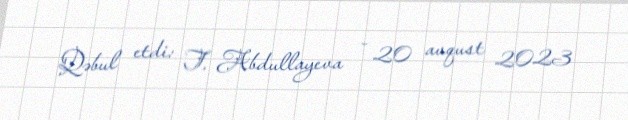
Qəbul etdi: T. Abdullayeva - 20 avqust 2023